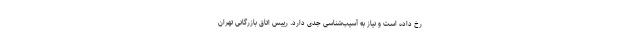
رخ داده است و نیاز به آسیب‌شناسی جدی دارد. رییس اتاق بازرگانی تهران